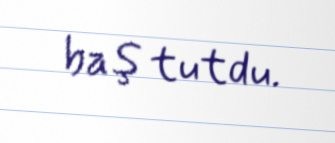
baş tutdu.